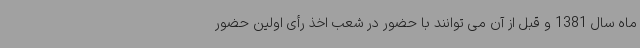
ماه سال 1381 و قبل از آن می توانند با حضور در شعب اخذ رأی اولین حضور